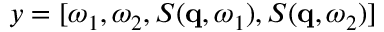
y = [ \omega _ { 1 } , \omega _ { 2 } , S ( \mathbf { q } , \omega _ { 1 } ) , S ( \mathbf { q } , \omega _ { 2 } ) ]